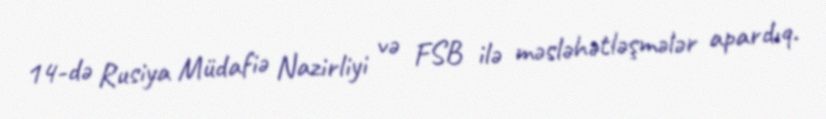
14-də Rusiya Müdafiə Nazirliyi və FSB ilə məsləhətləşmələr apardıq.